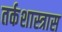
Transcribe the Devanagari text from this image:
तर्कशास्त्रास